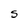
Character: S